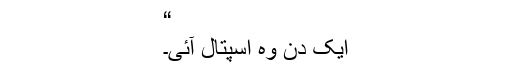
“
ایک دن وہ اسپتال آئی۔